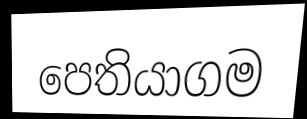
පෙතියාගම